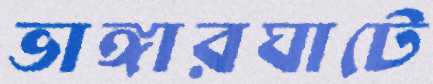
ভাঙ্গারঘাটে